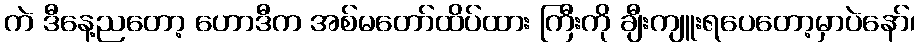
ကဲ ဒီနေ့ညတော့ ဟောဒီက အစ်မတော်ထိပ်ထား ကြီးကို ချီးကျူးရပေတော့မှာပဲနော်၊